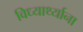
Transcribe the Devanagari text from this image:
विध्यार्थ्याना